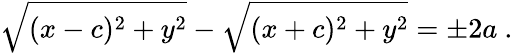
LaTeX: {\sqrt{(x-c)^{2}+y^{2}}}-{\sqrt{(x+c)^{2}+y^{2}}}=\pm 2a\ .